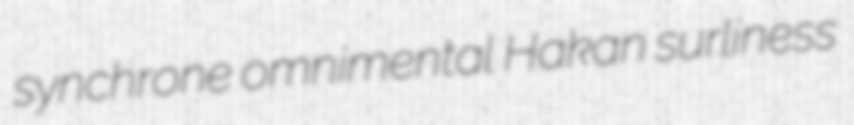
synchrone omnimental Hakan surliness